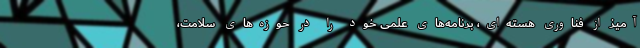
آمیز از فناوری هسته‌ای، برنامه‌های علمی خود را در حوزه‌های سلامت،